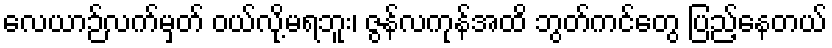
လေယာဉ်လက်မှတ် ဝယ်လို့မရဘူး၊ ဇွန်လကုန်အထိ ဘွတ်ကင်တွေ ပြည့်နေတယ်